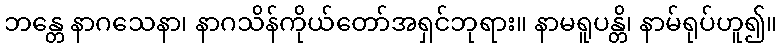
ဘန္တေ နာဂသေနာ၊ နာဂသိန်ကိုယ်တော်အရှင်ဘုရား။ နာမရူပန္တိ၊ နာမ်ရုပ်ဟူ၍။